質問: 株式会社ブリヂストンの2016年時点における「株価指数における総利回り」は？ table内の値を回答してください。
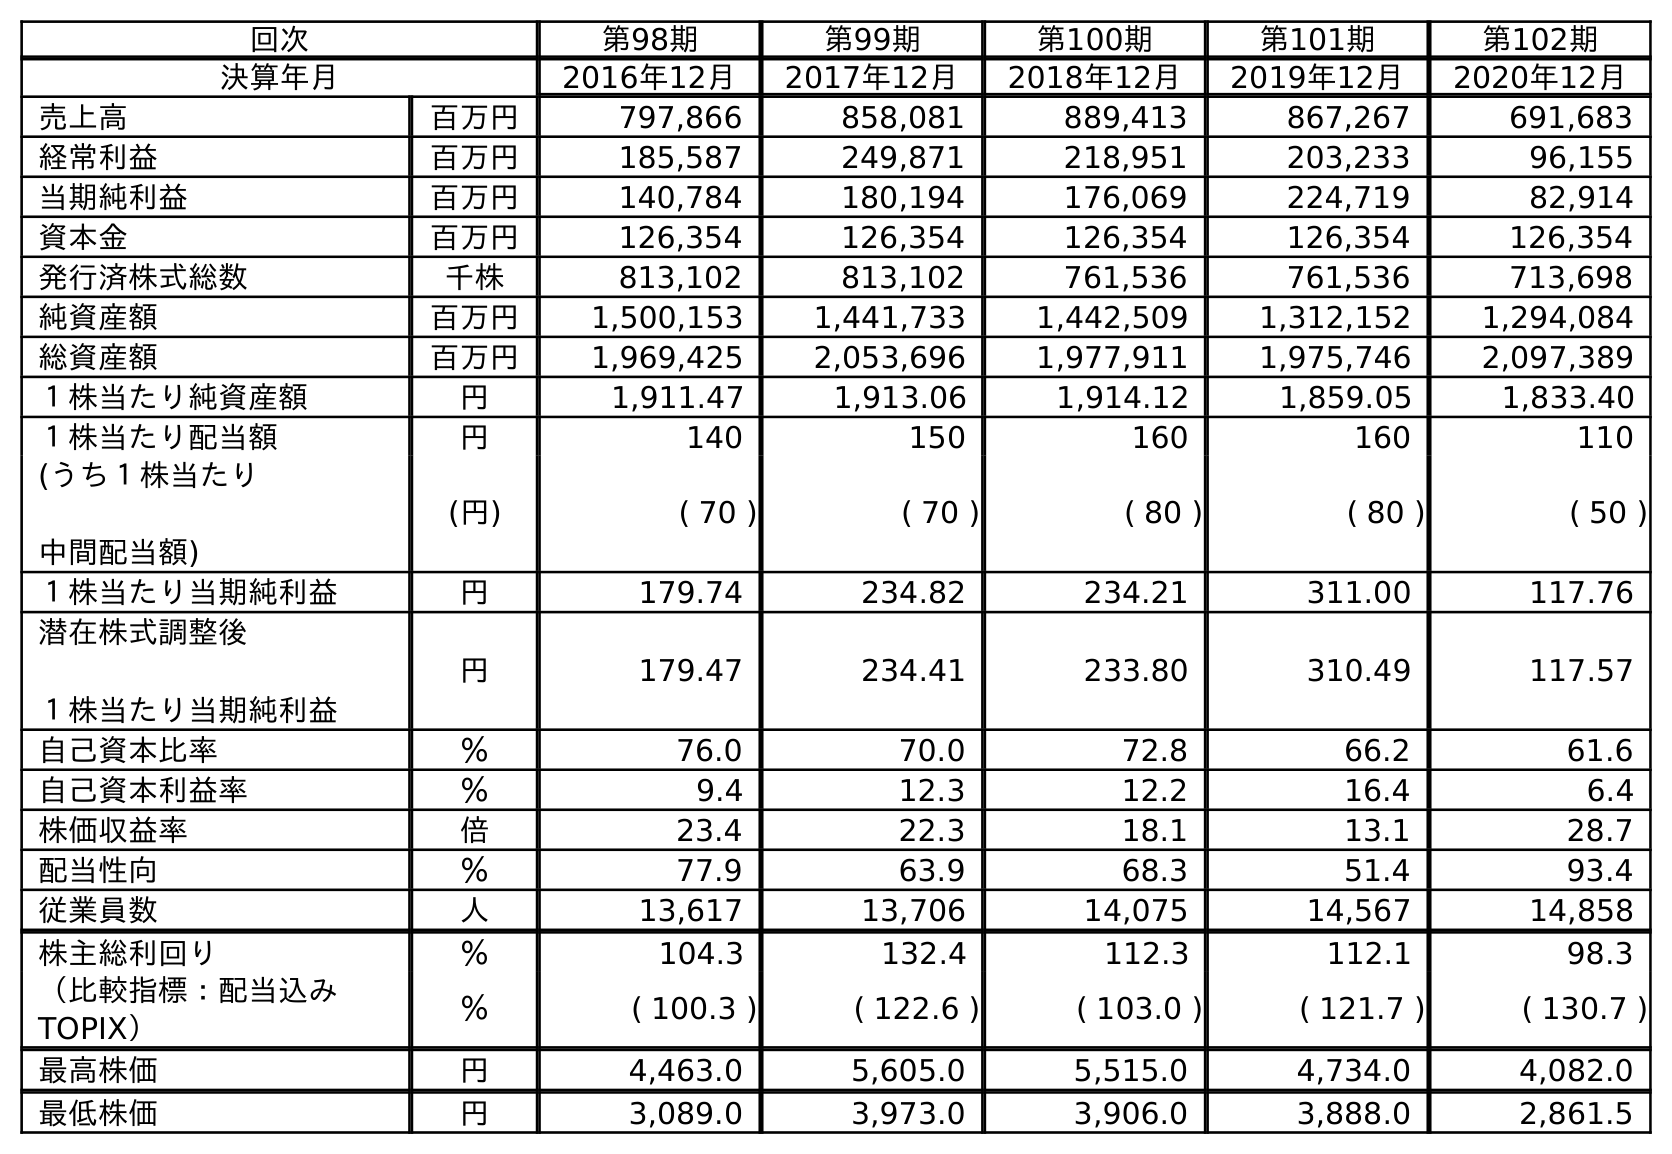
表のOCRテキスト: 回次 第98期 第99期 第100期 第101期 第102期 決算年月 2016年12月 2017年12月 2018年12月 2019年12月 2020年12月 売上高 百万円 797,866 858,081 889,413 867,267 691,683 経常利益 百万円 185,587 249,871 218,951 203,233 96,155 当期純利益 百万円 140,784 180,194 176,069 224,719 82,914 資本金 百万円 126,354 126,354 126,354 126,354 126,354 発行済株式総数 千株 813,102 813,102 761,536 761,536 713,698 純資産額 百万円 1,500,153 1,441,733 1,442,509 1,312,152 1,294,084 総資産額 百万円 1,969,425 2,053,696 1,977,911 1,975,746 2,097,389 １株当たり純資産額 円 1,911.47 1,913.06 1,914.12 1,859.05 1,833.40 １株当たり配当額 円 140 150 160 160 110 (うち１株当たり 中間配当額) (円) ( 70 ) ( 70 ) ( 80 ) ( 80 ) ( 50 ) １株当たり当期純利益 円 179.74 234.82 234.21 311.00 117.76 潜在株式調整後 １株当たり当期純利益 円 179.47 234.41 233.80 310.49 117.57 自己資本比率 ％ 76.0 70.0 72.8 66.2 61.6 自己資本利益率 ％ 9.4 12.3 12.2 16.4 6.4 株価収益率 倍 23.4 22.3 18.1 13.1 28.7 配当性向 ％ 77.9 63.9 68.3 51.4 93.4 従業員数 人 13,617 13,706 14,075 14,567 14,858 株主総利回り ％ 104.3 132.4 112.3 112.1 98.3 （比較指標：配当込み TOPIX） ％ ( 100.3 ) ( 122.6 ) ( 103.0 ) ( 121.7 ) ( 130.7 ) 最高株価 円 4,463.0 5,605.0 5,515.0 4,734.0 4,082.0 最低株価 円 3,089.0 3,973.0 3,906.0 3,888.0 2,861.5
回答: (100.3)